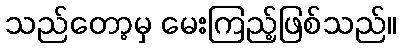
သည်တော့မှ မေးကြည့်ဖြစ်သည်။